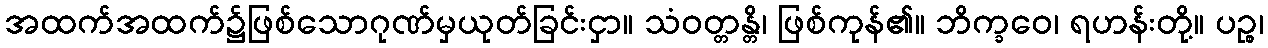
အထက်အထက်၌ဖြစ်သောဂုဏ်မှယုတ်ခြင်းငှာ။ သံဝတ္တန္တိ၊ ဖြစ်ကုန်၏။ ဘိက္ခဝေ၊ ရဟန်းတို့။ ပဉ္စ၊